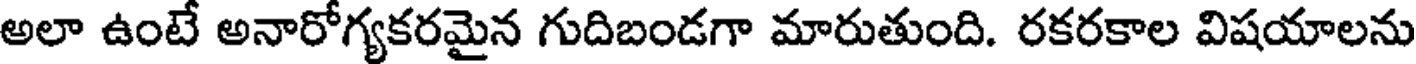
అలా ఉంటే అనారోగ్యకరమైన గుదిబండగా మారుతుంది. రకరకాల విషయాలను